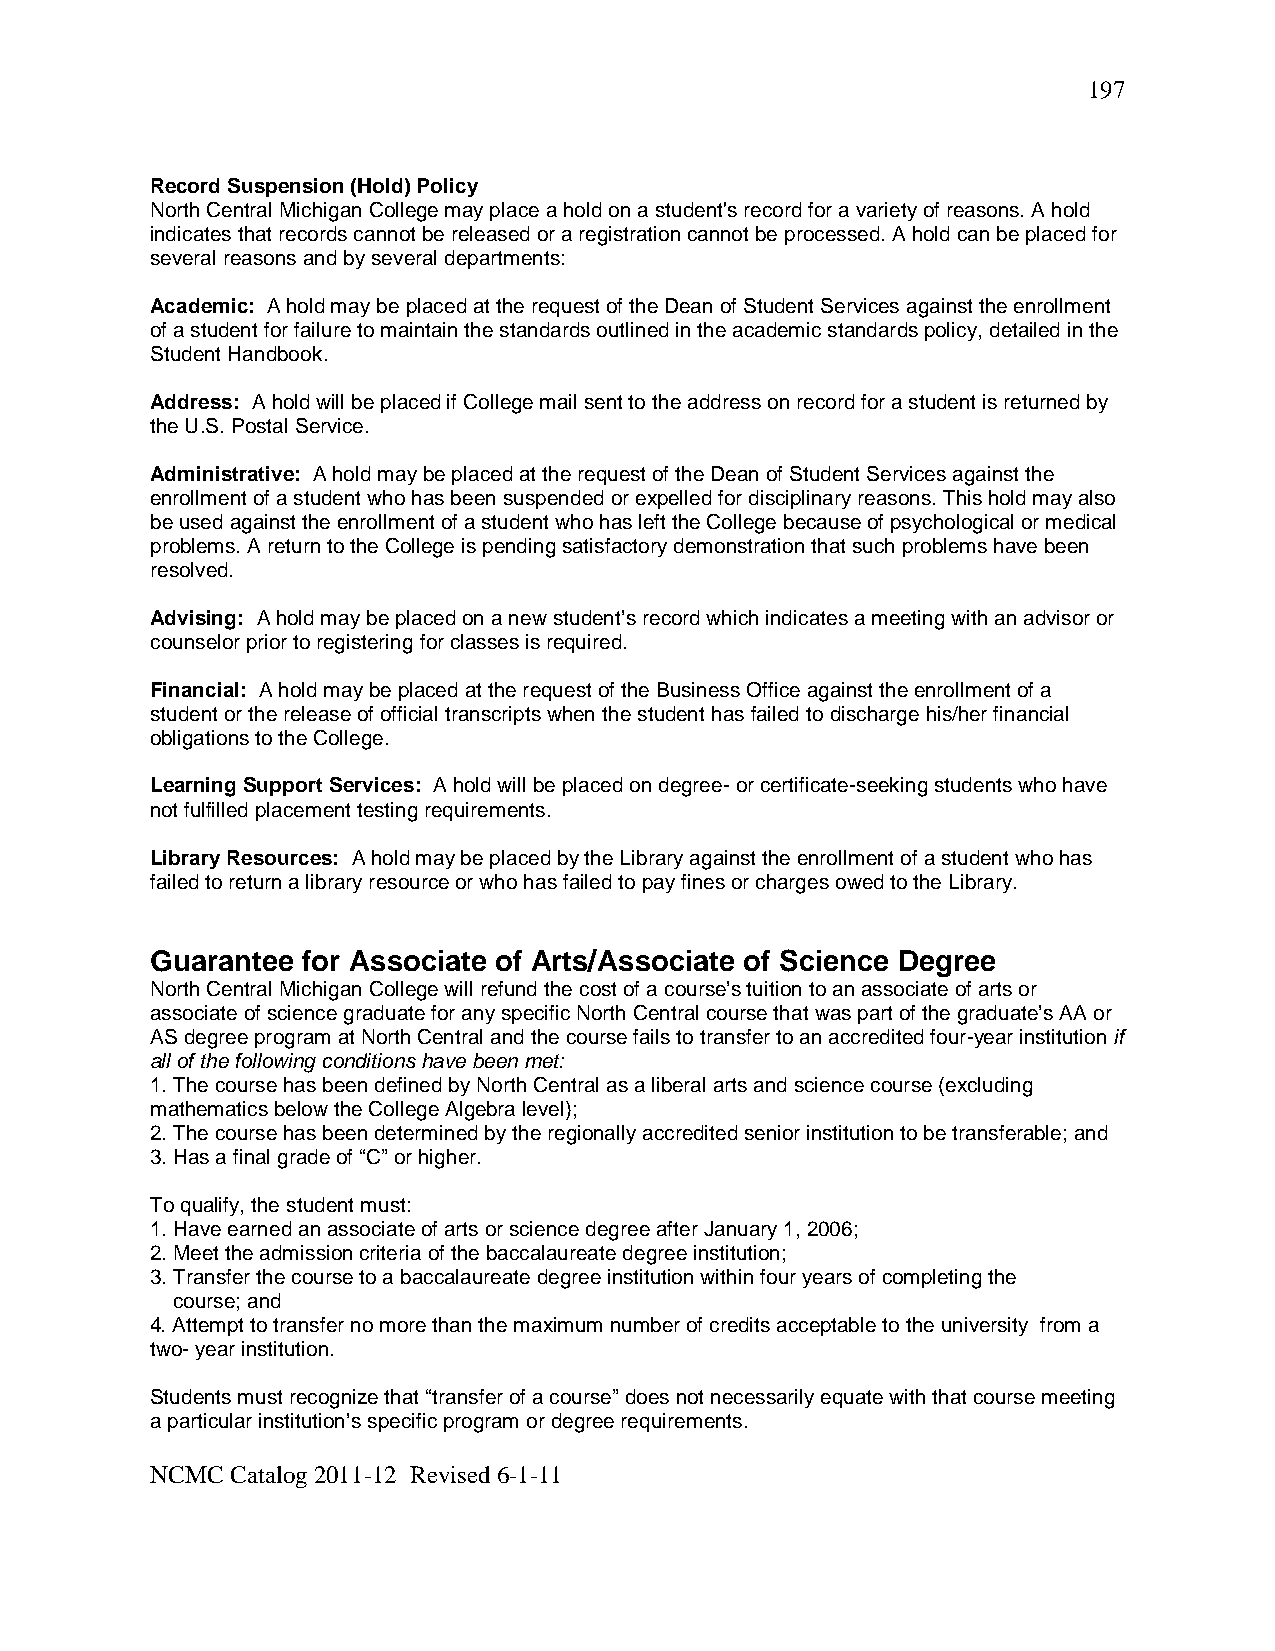
197
 Record Suspension (Hold) Policy
 North Central Michigan College may place a hold on a student's record for a variety of reasons. A hold
 indicates that records cannot be released or a registration cannot be processed. A hold can be placed for
 several reasons and by several departments:
 Academic: A hold may be placed at the request of the Dean of Student Services against the enrollment
 of a student for failure to maintain the standards outlined in the academic standards policy, detailed in the
 Student Handbook.
 Address: A hold will be placed if College mail sent to the address on record for a student is returned by
 the U.S. Postal Service.
 Administrative: A hold may be placed at the request of the Dean of Student Services against the
 enrollment of a student who has been suspended or expelled for disciplinary reasons. This hold may also
 be used against the enrollment of a student who has left the College because of psychological or medical
 problems. A return to the College is pending satisfactory demonstration that such problems have been
 resolved.
 Advising: A hold may be placed on a new student’s record which indicates a meeting with an advisor or
 counselor prior to registering for classes is required.
 Financial: A hold may be placed at the request of the Business Office against the enrollment of a
 student or the release of official transcripts when the student has failed to discharge his/her financial
 obligations to the College.
 Learning Support Services: A hold will be placed on degree- or certificate-seeking students who have
 not fulfilled placement testing requirements.
 Library Resources: A hold may be placed by the Library against the enrollment of a student who has
 failed to return a library resource or who has failed to pay fines or charges owed to the Library.
 Guarantee for Associate of Arts/Associate of Science Degree
 North Central Michigan College will refund the cost of a course’s tuition to an associate of arts or
 associate of science graduate for any specific North Central course that was part of the graduate’s AA or
 AS degree program at North Central and the course fails to transfer to an accredited four-year institution if
 all of the following conditions have been met:
 1. The course has been defined by North Central as a liberal arts and science course (excluding
 mathematics below the College Algebra level);
 2. The course has been determined by the regionally accredited senior institution to be transferable; and
 3. Has a final grade of “C” or higher.
 To qualify, the student must:
 1. Have earned an associate of arts or science degree after January 1, 2006;
 2. Meet the admission criteria of the baccalaureate degree institution;
 3. Transfer the course to a baccalaureate degree institution within four years of completing the
 course; and
 4. Attempt to transfer no more than the maximum number of credits acceptable to the university from a
 two- year institution.
 Students must recognize that “transfer of a course” does not necessarily equate with that course meeting
 a particular institution’s specific program or degree requirements.
 NCMC Catalog 2011-12 Revised 6-1-11